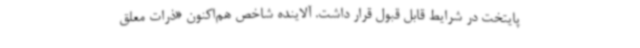
پایتخت در شرایط قابل قبول قرار داشت. آلاینده شاخص هم‌اکنون «ذرات معلق